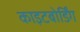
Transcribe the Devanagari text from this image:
काइटबोर्डिंग